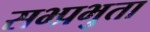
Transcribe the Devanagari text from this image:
सभ्प्रभुता